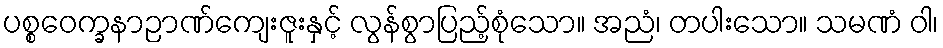
ပစ္စဝေက္ခနာဉာဏ်ကျေးဇူးနှင့် လွန်စွာပြည့်စုံသော။ အညံ၊ တပါးသော။ သမဏံ ဝါ၊